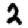
Digit: 2